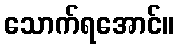
သောက်ရအောင်။